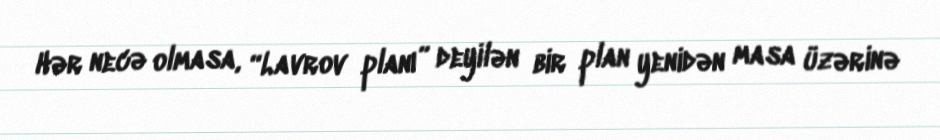
Hər necə olmasa, “Lavrov planı” deyilən bir plan yenidən masa üzərinə